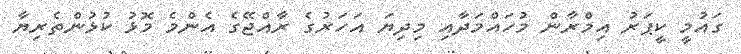
ގައުމީ ކީޕަރު އިމްރާން މުހައްމަދާއި މިދިޔަ އަހަރުގެ ރާއްޖޭގެ އެންމެ މޮޅު ކުޅުންތެރިޔާ